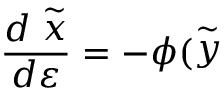
\frac { d \stackrel { \sim } { x } } { d \varepsilon } = - \phi ( \stackrel { \sim } { y }